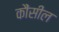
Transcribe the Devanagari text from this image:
कौंसील